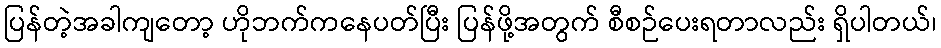
ပြန်တဲ့အခါကျတော့ ဟိုဘက်ကနေပတ်ပြီး ပြန်ဖို့အတွက် စီစဉ်ပေးရတာလည်း ရှိပါတယ်၊